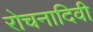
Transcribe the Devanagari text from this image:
रोचनादिवी